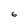
Character: 6